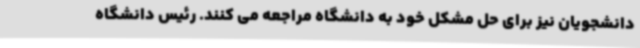
دانشجویان نیز برای حل مشکل خود به دانشگاه مراجعه می کنند. رئیس دانشگاه